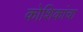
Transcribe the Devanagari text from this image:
कोशिकांचा